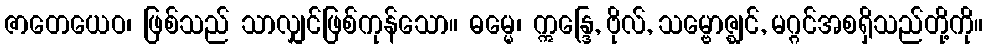
ဇာတေယေဝ၊ ဖြစ်သည် သာလျှင်ဖြစ်ကုန်သော။ ဓမ္မေ၊ ဣန္ဒြေ, ဗိုလ်, သမ္ဗောဇ္ဈင်, မဂ္ဂင်အစရှိသည်တို့ကို။